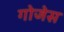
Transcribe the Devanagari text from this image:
गोजेस